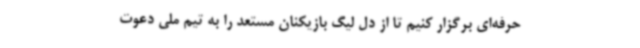
حرفه‌ای برگزار کنیم تا از دل لیگ بازیکنان مستعد را به تیم ملی دعوت